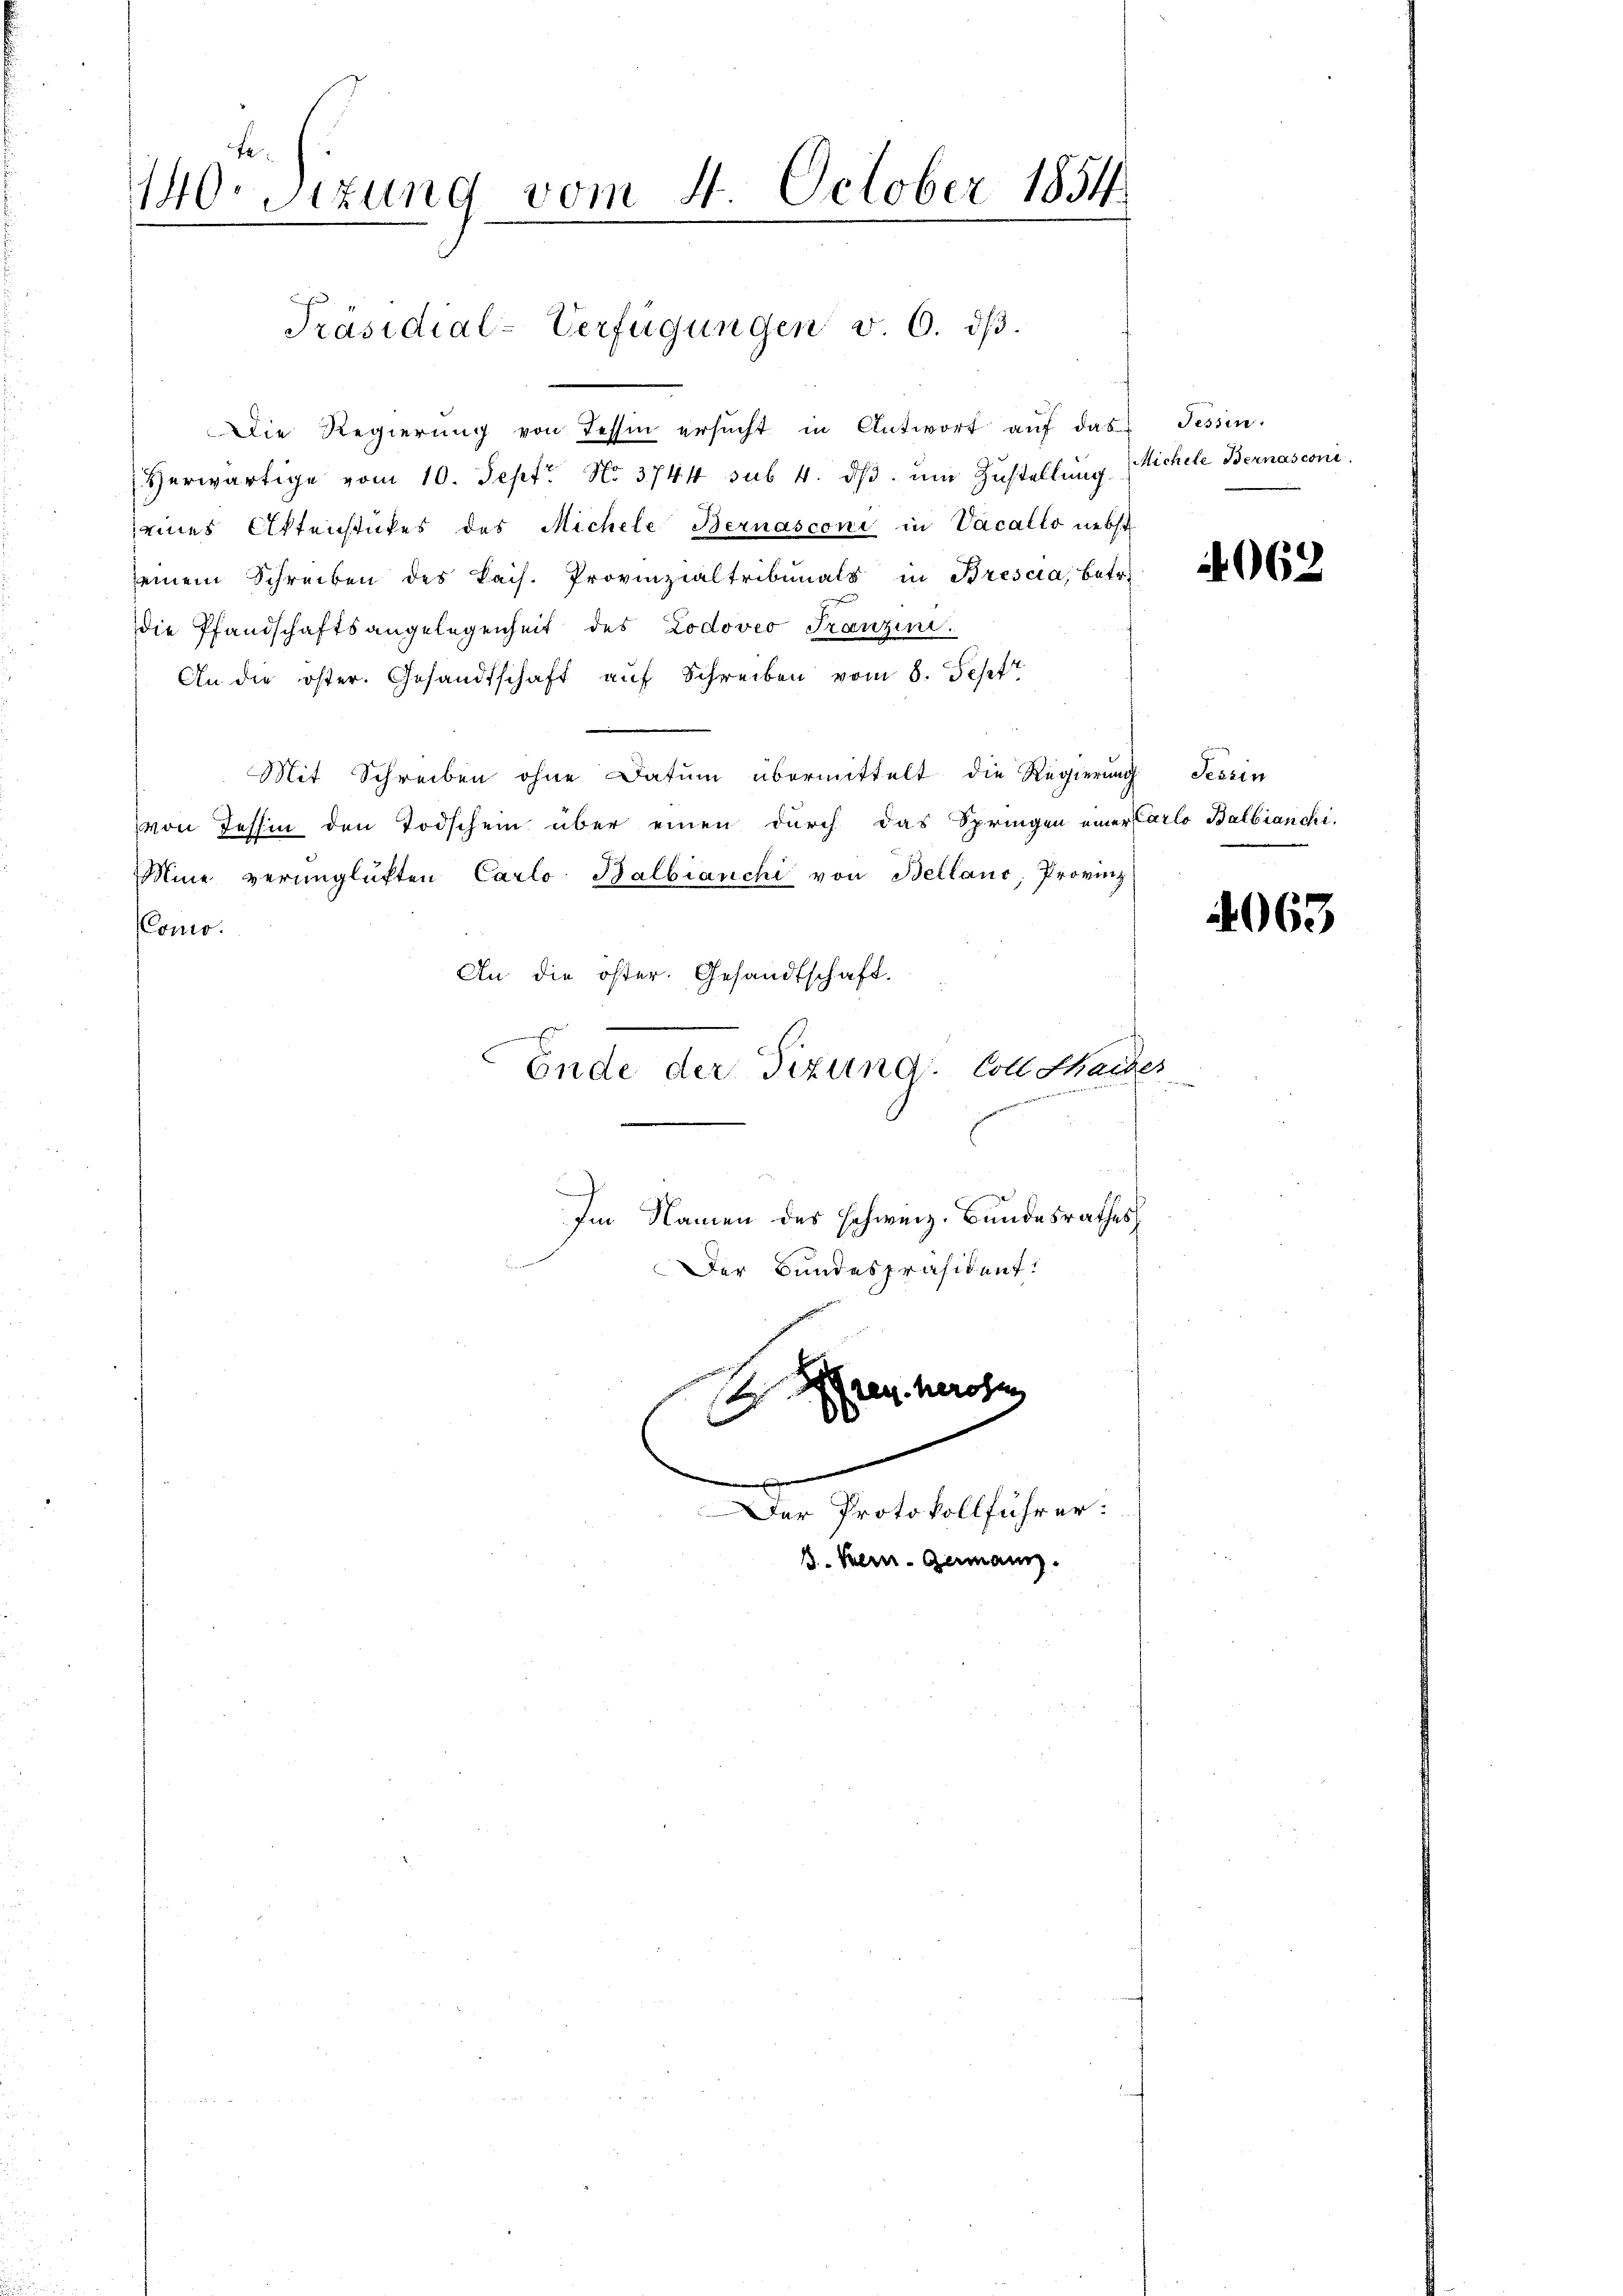
fe
140. Sezung vom 4. October 1854
.

Präsidial-Verfügungen v. 6. dβ.

.
Der Protokollführer:
3. Bern. Germann.

Die Regierŭng von Tessin ersŭcht in Antwort aŭf das Tessin.
Herwärtige vom 10. Sept No. 3744 sub. 4. dβ ŭm Zŭstellung
seines Aktenstückes des Michele Bernasconi in Vacallo nebst
seinem Schreiben des Bais. Provinzialtribunals in Brescia, betr.
die Pfandschaftsangelegenheit des Lodoveo Franzini
An die öster. Gesandtschaft aŭf Schreiben vom 8. Sept.
Mit Schreiben ohne Datum übermittelt die Regierung Tessin
von Tessin den Todschein über einen durch das Springen einer Carlo Balbianchi-
Mine verunglükten Carlo Balbianchi von Bellans, Provinz
onio.
An die öster. Gesandtschaft.
.
Ende der Tizundi Coll thaider
u
Im Namen des schweiz. Bundesrathes
Der Bundespräsident.

e

Aren herosen
2

Michele Bernasconi

4062.

4063